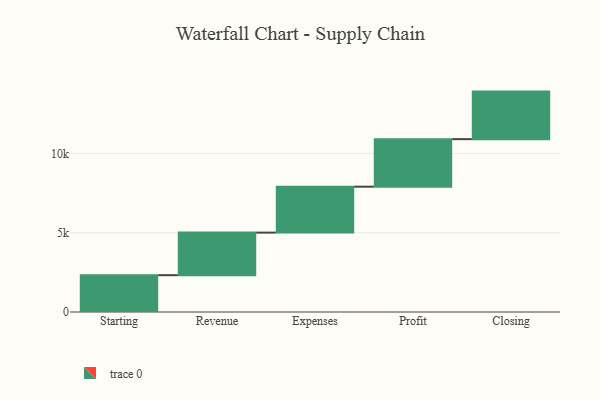
{"axis": {"x": "Step", "y": "Value"}, "legend": [""], "data": [{"x": "Starting", "y": 2323.0, "type": ""}, {"x": "Revenue", "y": 2686.0, "type": ""}, {"x": "Expenses", "y": 2898.0, "type": ""}, {"x": "Profit", "y": 3000, "type": ""}, {"x": "Closing", "y": 3000, "type": ""}]}